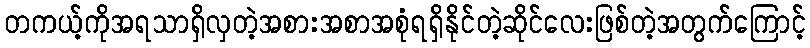
တကယ့်ကိုအရသာရှိလှတဲ့အစားအစာအစုံရရှိနိုင်တဲ့ဆိုင်လေးဖြစ်တဲ့အတွက်ကြောင့်